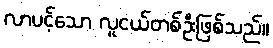
လာပင့်သော လူငယ်တစ်ဦးဖြစ်သည်။